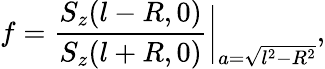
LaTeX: f=\frac{S_{z}(l-R,0)}{S_{z}(l+R,0)}\bigg|_{a=\sqrt{l^{2}-R^{2}}},